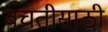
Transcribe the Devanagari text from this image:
बचतीसाठी